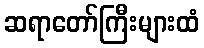
ဆရာတော်ကြီးများထံ